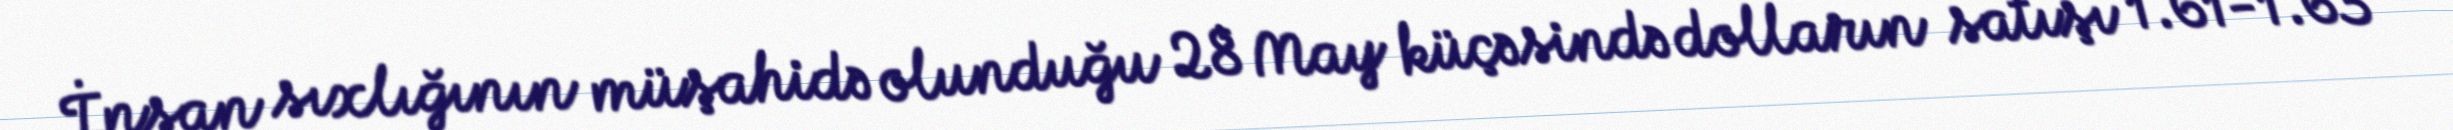
İnsan sıxlığının müşahidə olunduğu 28 May küçəsində dolların satışı 1.61-1.63